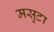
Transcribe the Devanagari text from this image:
मसुटा